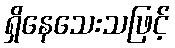
ရှိနေသေးသဖြင့်